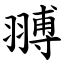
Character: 䎔